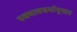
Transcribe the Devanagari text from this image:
स्वभावधर्मानुसार